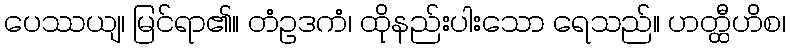
ပေဿယျ၊ မြင်ရာ၏။ တံဥဒကံ၊ ထိုနည်းပါးသော ရေသည်။ ဟတ္ထီဟိစ၊